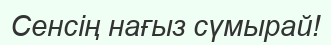
Сенсің нағыз сүмырай!